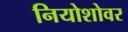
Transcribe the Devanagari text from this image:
नियोशोवर